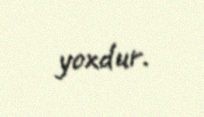
yoxdur.